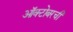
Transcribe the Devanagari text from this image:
ऑक्टोबरची